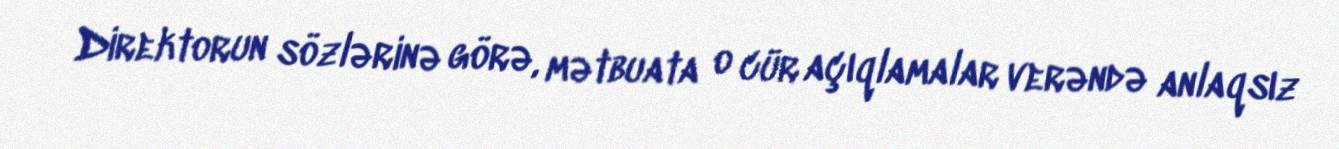
Direktorun sözlərinə görə, mətbuata o cür açıqlamalar verəndə anlaqsız